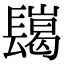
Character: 𨲲